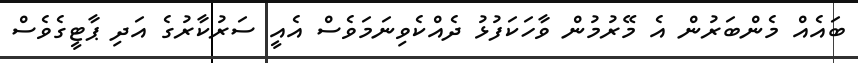
ބައެއް މެންބަރުން އެ މޭރުމުން ވާހަކަފުޅު ދެއްކެވިނަމަވެސް އެއީ ސަރުކާރުގެ އަދި ޕާޓީގެވެސް